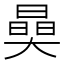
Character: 𣊖